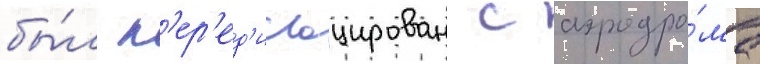
бы́л п'ер'ед'ислоцирован с аэродро́ма